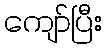
ကျော်ပြီး